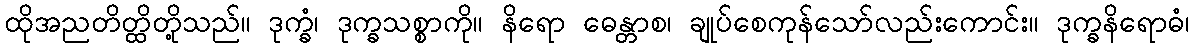
ထိုအညတိတ္ထိတို့သည်။ ဒုက္ခံ၊ ဒုက္ခသစ္စာကို။ နိရော ဓေန္တာစ၊ ချုပ်စေကုန်သော်လည်းကောင်း။ ဒုက္ခနိရောဓံ၊